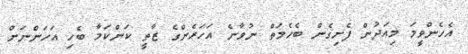
އެހެންވީމަ މިއަދުން ފެށިގެން ބެހެމަތް ނުވާނެ އަހަރެންގެ ޒާތީ ކަންކަމާ ބެހި އަހަންނަށް